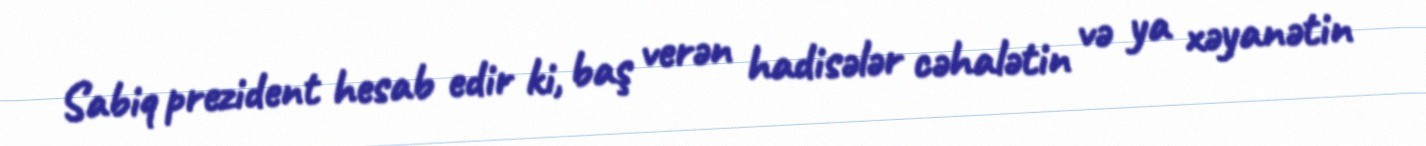
Sabiq prezident hesab edir ki, baş verən hadisələr cəhalətin və ya xəyanətin